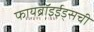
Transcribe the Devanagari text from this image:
फायब्रॉइईड्‌सची